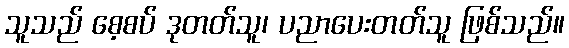
သူသည် စေ့စပ် ဒုတတ်သူ၊ ပညာပေးတတ်သူ ဖြစ်သည်။